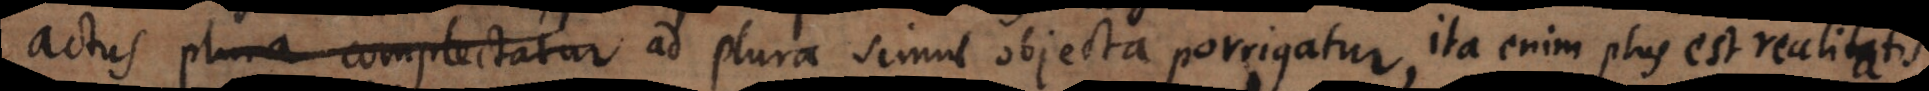
actus plura complectatur ad plura simul objecta porrigatur, ita enim plus est realitatis